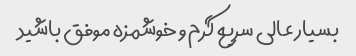
بسیار عالی سریع گرم و خوشمزه موفق باشید